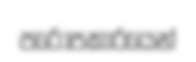
පරොපකාරයෙන්